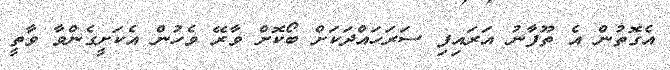
އެގޮތުން އެ ތޫފާނު އަރައިފި ސަރަހައްދަކަށް ބޯކޮށް ވާރޭ ވެހުން އެކަށީގެންވާ ވާތީ